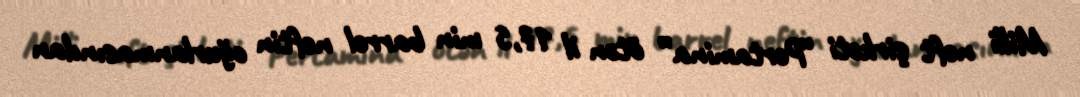
Milli neft şirkəti “Pertamina” ötən il 17,5 min barrel neftin oğurlanmasından